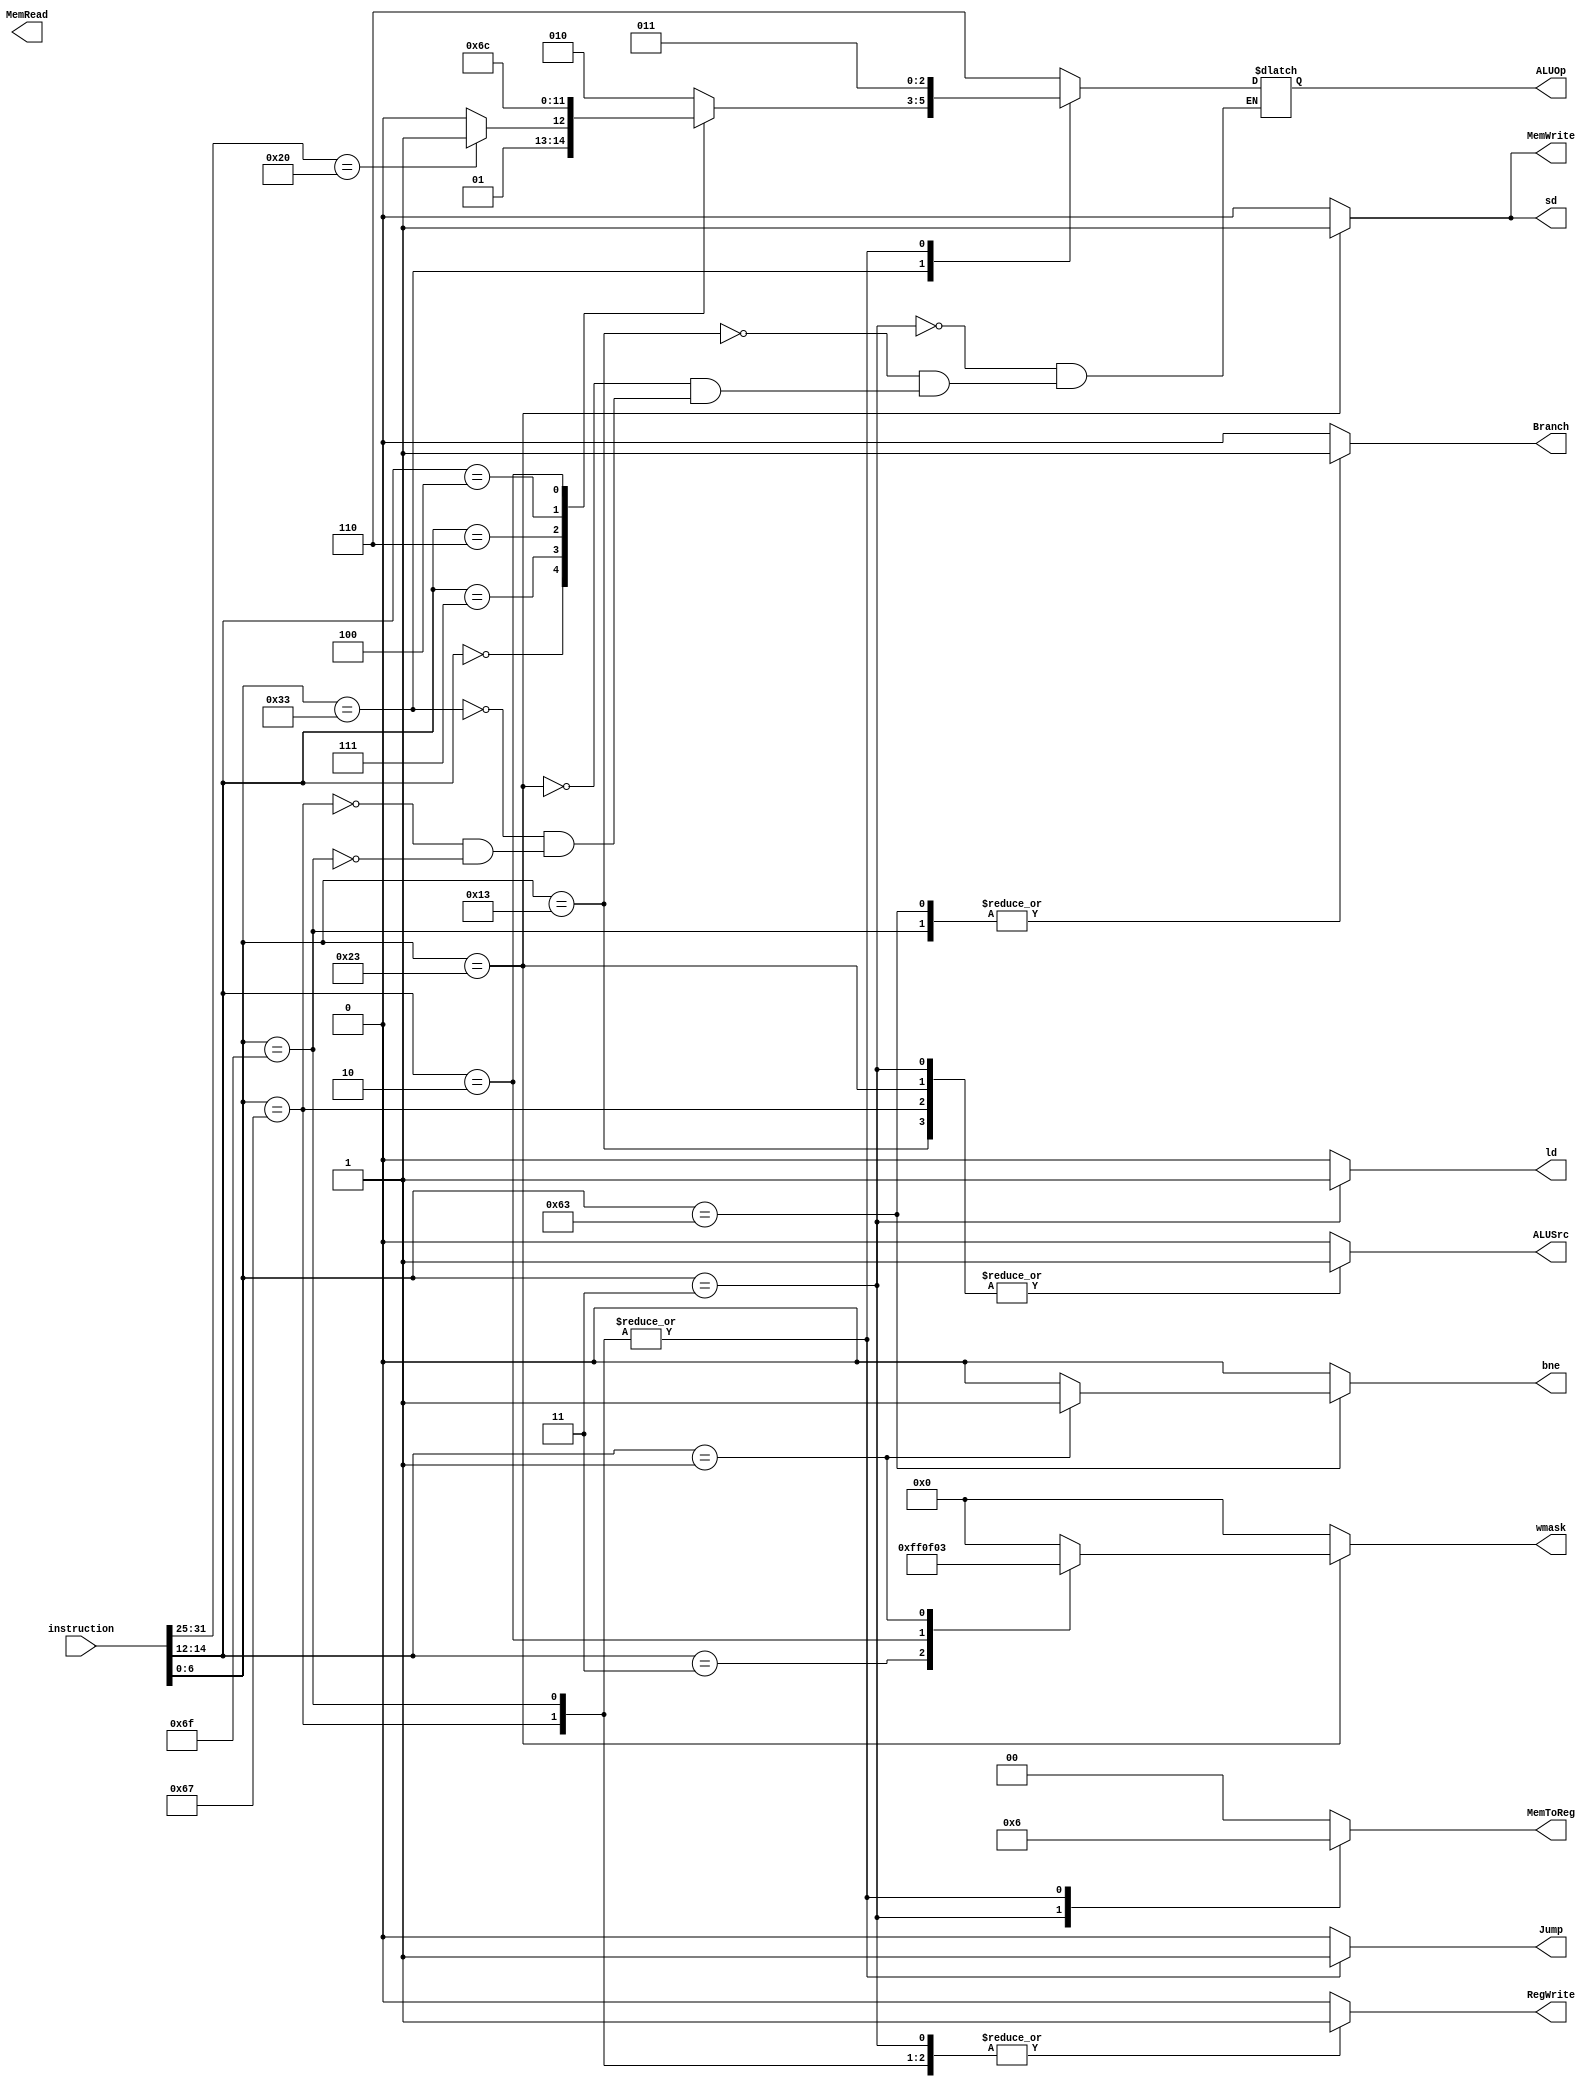
`timescale 1ns / 1ps
//////////////////////////////////////////////////////////////////////////////////
// Company: 
// Engineer: 
// 
// Design Name: 
// Module Name: controller
// Project Name: 
// Target Devices: 
// Tool Versions: 
// Description: 
// 
// Dependencies: 
// 
// Revision:
// Revision 0.01 - File Created
// Additional Comments:
// 
//////////////////////////////////////////////////////////////////////////////////


module controller(instruction, MemWrite, Branch, MemRead, RegWrite, MemToReg, ALUOp, ALUSrc, Jump, sd, ld, bne, wmask

    );
    
    input [31:0] instruction;
    output reg MemWrite, RegWrite, Branch, MemRead, ALUSrc;
    output reg [1:0] MemToReg;
    output reg [2:0] ALUOp;
    output reg Jump, sd, ld, bne;
    output reg [7:0] wmask;
    
    wire [6:0] funct7;
    wire [2:0] funct3;
    wire [6:0] opcode;
    
    assign funct7=instruction[31:25];
    assign funct3=instruction[14:12];
    assign opcode=instruction[6:0];
    
    always@(*)begin
        case (opcode)
        7'b0000011: begin //I-type //ld
                ALUSrc<= 1;
                MemToReg<=2'b01;
                MemWrite<=0;
                Branch<=0;
                RegWrite<=1;       
                Jump<=0;
                wmask<=8'b00000000;
                ALUOp <= 3'b110; //add immediate
                sd<=0;
                ld<=1;
                bne<=0;
        end
        
        
        7'b0010011: begin //register-imm addi
                ALUSrc<= 1;
                MemToReg<=2'b00;
                MemWrite<=0;
                Branch<=0;
                RegWrite<=1;       
                Jump<=0;
                wmask<=8'b00000000;   
                ALUOp <= 3'b110; 
                sd<=0;
                ld<=0;
                bne<=0;
        end
        
        
        7'b0100011: begin //S-type //sd, stores
                ALUSrc<= 1;
                MemToReg<=2'b00;
                MemWrite<=1;
                Branch<=0;
                RegWrite<=0;       
                Jump<=0;
                ALUOp <= 3'b110; //add immediate
                sd<=1;
                ld<=0;
                bne<=0;
                case(funct3)
                3'b011: wmask<=8'b11111111;
                3'b010: wmask<=8'b00001111;
                3'b001: wmask<=8'b00000011;
                default: wmask<=8'b00000000;
                endcase
        end
        
        7'b0110011: begin //R-type //arithmetic r-r
                ALUSrc<= 0;
                MemToReg<=2'b00;
                MemWrite<=0;
                Branch<=0;
                RegWrite<=1;        
                Jump<=0;
                wmask<=8'b00000000;
                sd<=0;
                ld<=0;
                bne<=0;
                case(funct3)
                    3'b000: begin //sub add
                        if(funct7 == 7'b0100000) 
                        ALUOp <= 3'b011; //sub
                        else 
                        ALUOp <= 3'b010; //add
                    end
                    3'b111: //and  
                    ALUOp<=3'b000;
                    3'b110: //or
                    ALUOp<=3'b001;
                    3'b100: //xor  
                    ALUOp<=3'b101;
                    3'b010: //slt 
                    ALUOp<=3'b100;
                    default:
                    ALUOp<=3'b010;
                endcase
        end
        
        7'b1100011: begin //branches b-type
                ALUSrc<= 0;
                MemToReg<=2'b00;
                MemWrite<=0;
                Branch<=1;
                RegWrite<=0;        
                Jump<=0;
                wmask<=8'b00000000;
                sd<=0;
                ld<=0;
                 //beq
                if(funct3 == 3'b001) begin //bne
                 bne<=1; //bne
                 end
                else begin //beq       
                bne<=0; //beq
                end 
        end
        
        7'b1100111: begin //JALR
                ALUSrc<= 1;
                ALUOp <= 4'b1011;
                MemToReg<=2'b10; 
                MemWrite<=0;
                Branch<=0;
                RegWrite<=1;      
                Jump<=1;
                wmask<=8'b00000000;
                sd<=0;
                ld<=0;
                bne<=0;           
        end
        
        7'b1101111: begin //JAL
                ALUSrc<= 0;
                ALUOp <= 4'b1011;
                MemToReg<=2'b10; 
                MemWrite<=0;
                Branch<=1; //set for jump
                RegWrite<=1;       
                Jump<=1;
                wmask<=8'b00000000;
                sd<=0;
                ld<=0;
                bne<=0;   
        end
        
        default: begin
                ALUSrc<= 0;
                MemToReg<=2'b00;
                MemWrite<=0;
                Branch<=0;
                RegWrite<=0;      
                Jump<=0;
                wmask<=8'b00000000;
                sd<=0;
                ld<=0;
                bne<=0;
                end 
        endcase
    end
    
endmodule